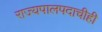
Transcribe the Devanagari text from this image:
राज्यपालपदाचीही